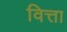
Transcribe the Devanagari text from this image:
वित्ता